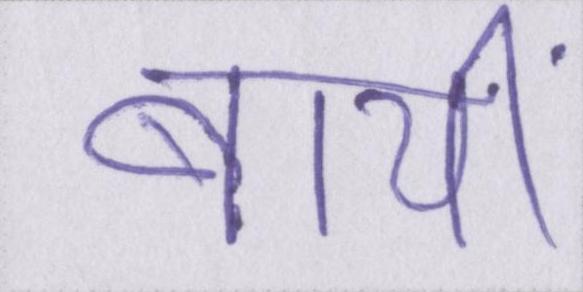
बायीं